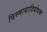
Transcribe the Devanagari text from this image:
विस्मायादिबोधक